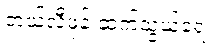
တယ်လီဖုန်းဆက်သွယ်ရေး